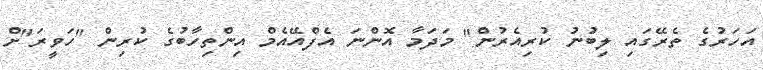
އަހަރުގެ ތެރޭގައި ލިބުނު ކުރިއެރުން" މަދަމާ އޮންނަ އެފްއޭއެމް އިންތިހާބުގެ ކުރިން "ހަވީރަ"ށް